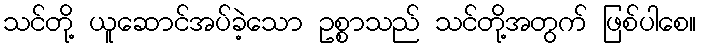
သင်တို့ ယူဆောင်အပ်ခဲ့သော ဥစ္စာသည် သင်တို့အတွက် ဖြစ်ပါစေ။